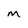
Character: m